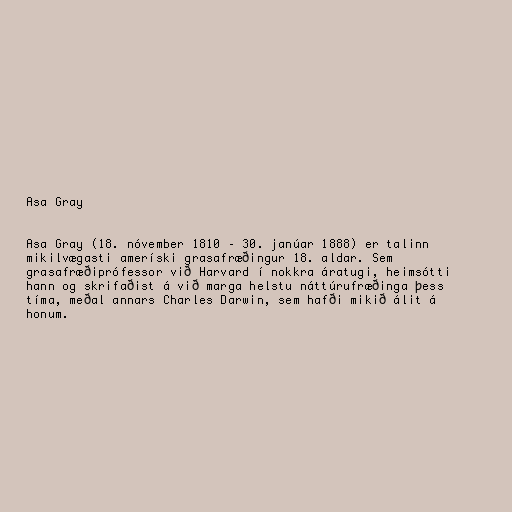
Asa Gray

Asa Gray (18. nóvember 1810 – 30. janúar 1888) er talinn
mikilvægasti ameríski grasafræðingur 18. aldar. Sem
grasafræðiprófessor við Harvard í nokkra áratugi, heimsótti
hann og skrifaðist á við marga helstu náttúrufræðinga þess
tíma, meðal annars Charles Darwin, sem hafði mikið álit á
honum.